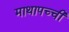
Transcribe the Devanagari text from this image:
माथापच्‍ची